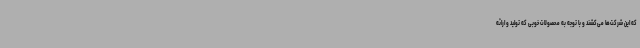
که این شرکت‌ها می‌کشند و با توجه به محصولات خوبی که تولید و ارائه